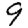
Digit: 9